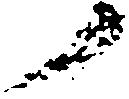
ノ